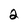
Character: 2